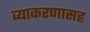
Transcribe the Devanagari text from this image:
व्याकरणासह